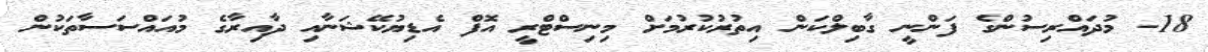
18- މުދައްރިސުންގެ ފަންނީ ގާބިލްކަން އިތުރުކުރުމަށް މިނިސްޓްރީ އޮފް އެޑިޔުކޭޝަނާއި ދާއިރާގެ މުއައްސަސާތަކުން